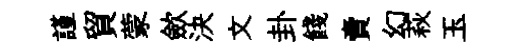
謹貿蒙歛決文卦餞賣幻萩玉